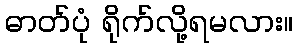
ဓာတ်ပုံ ရိုက်လို့ရမလား။